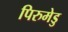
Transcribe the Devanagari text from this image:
पिरुमेडु